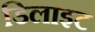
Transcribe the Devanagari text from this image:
डिलाइट